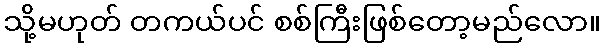
သို့မဟုတ် တကယ်ပင် စစ်ကြီးဖြစ်တော့မည်လော။